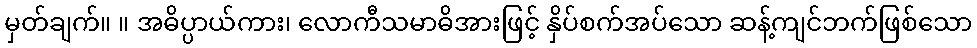
မှတ်ချက်။ ။ အဓိပ္ပာယ်ကား၊ လောကီသမာဓိအားဖြင့် နှိပ်စက်အပ်သော ဆန့်ကျင်ဘက်ဖြစ်သော